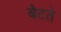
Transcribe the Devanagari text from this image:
बैटते